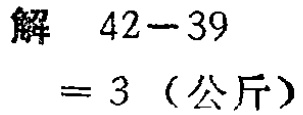
解 \(42 - 39\)
\(= 3\)（公斤）